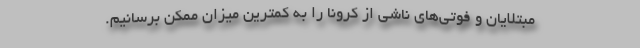
مبتلایان و فوتی‌های ناشی از کرونا را به کمترین میزان ممکن برسانیم.